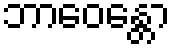
ဘာဝေန္တော